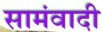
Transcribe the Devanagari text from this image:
सामंवादी